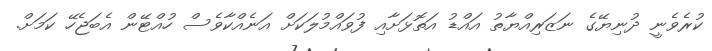
ކުރެވެނީ ދުނިޔޭގެ ނަޒަރިއްޔާތު އައްޑު އަތޮޅަށާއި ފުވައްމުލަކަށް އަނެއްކާވެސް ހުއްޓޭން އެބަޖެހޭ ކަމަށް.